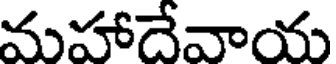
మహాదేవాయ